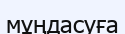
мұңдасуға